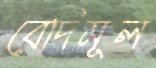
বেদিমূল